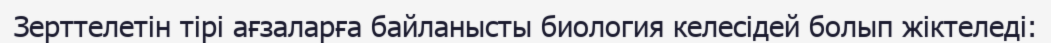
Зерттелетін тірі ағзаларға байланысты биология келесідей болып жіктеледі: